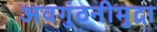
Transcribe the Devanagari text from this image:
अवगुंठनीमुद्रा